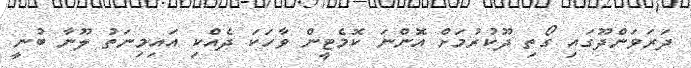
ދަރަވަންދޫގަައި ގޯތި ދޫކުރުމަށް އޮންނަ ކޮމެޓީން ވާހަކަ ދެއްކި އައިމިނަތު ލޫނާ ބުނީ